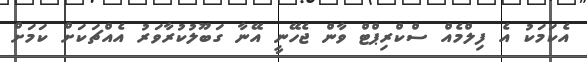
އެކަމަކު އެ ފިލްމެއް ސްކްރިޕްޓް ވާން ޖެހޭނީ އޭނާ ގަބޫލުކުރާވަރު އެއްޗަކަށް ކަމަށް